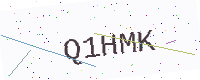
Text: Q1HMK